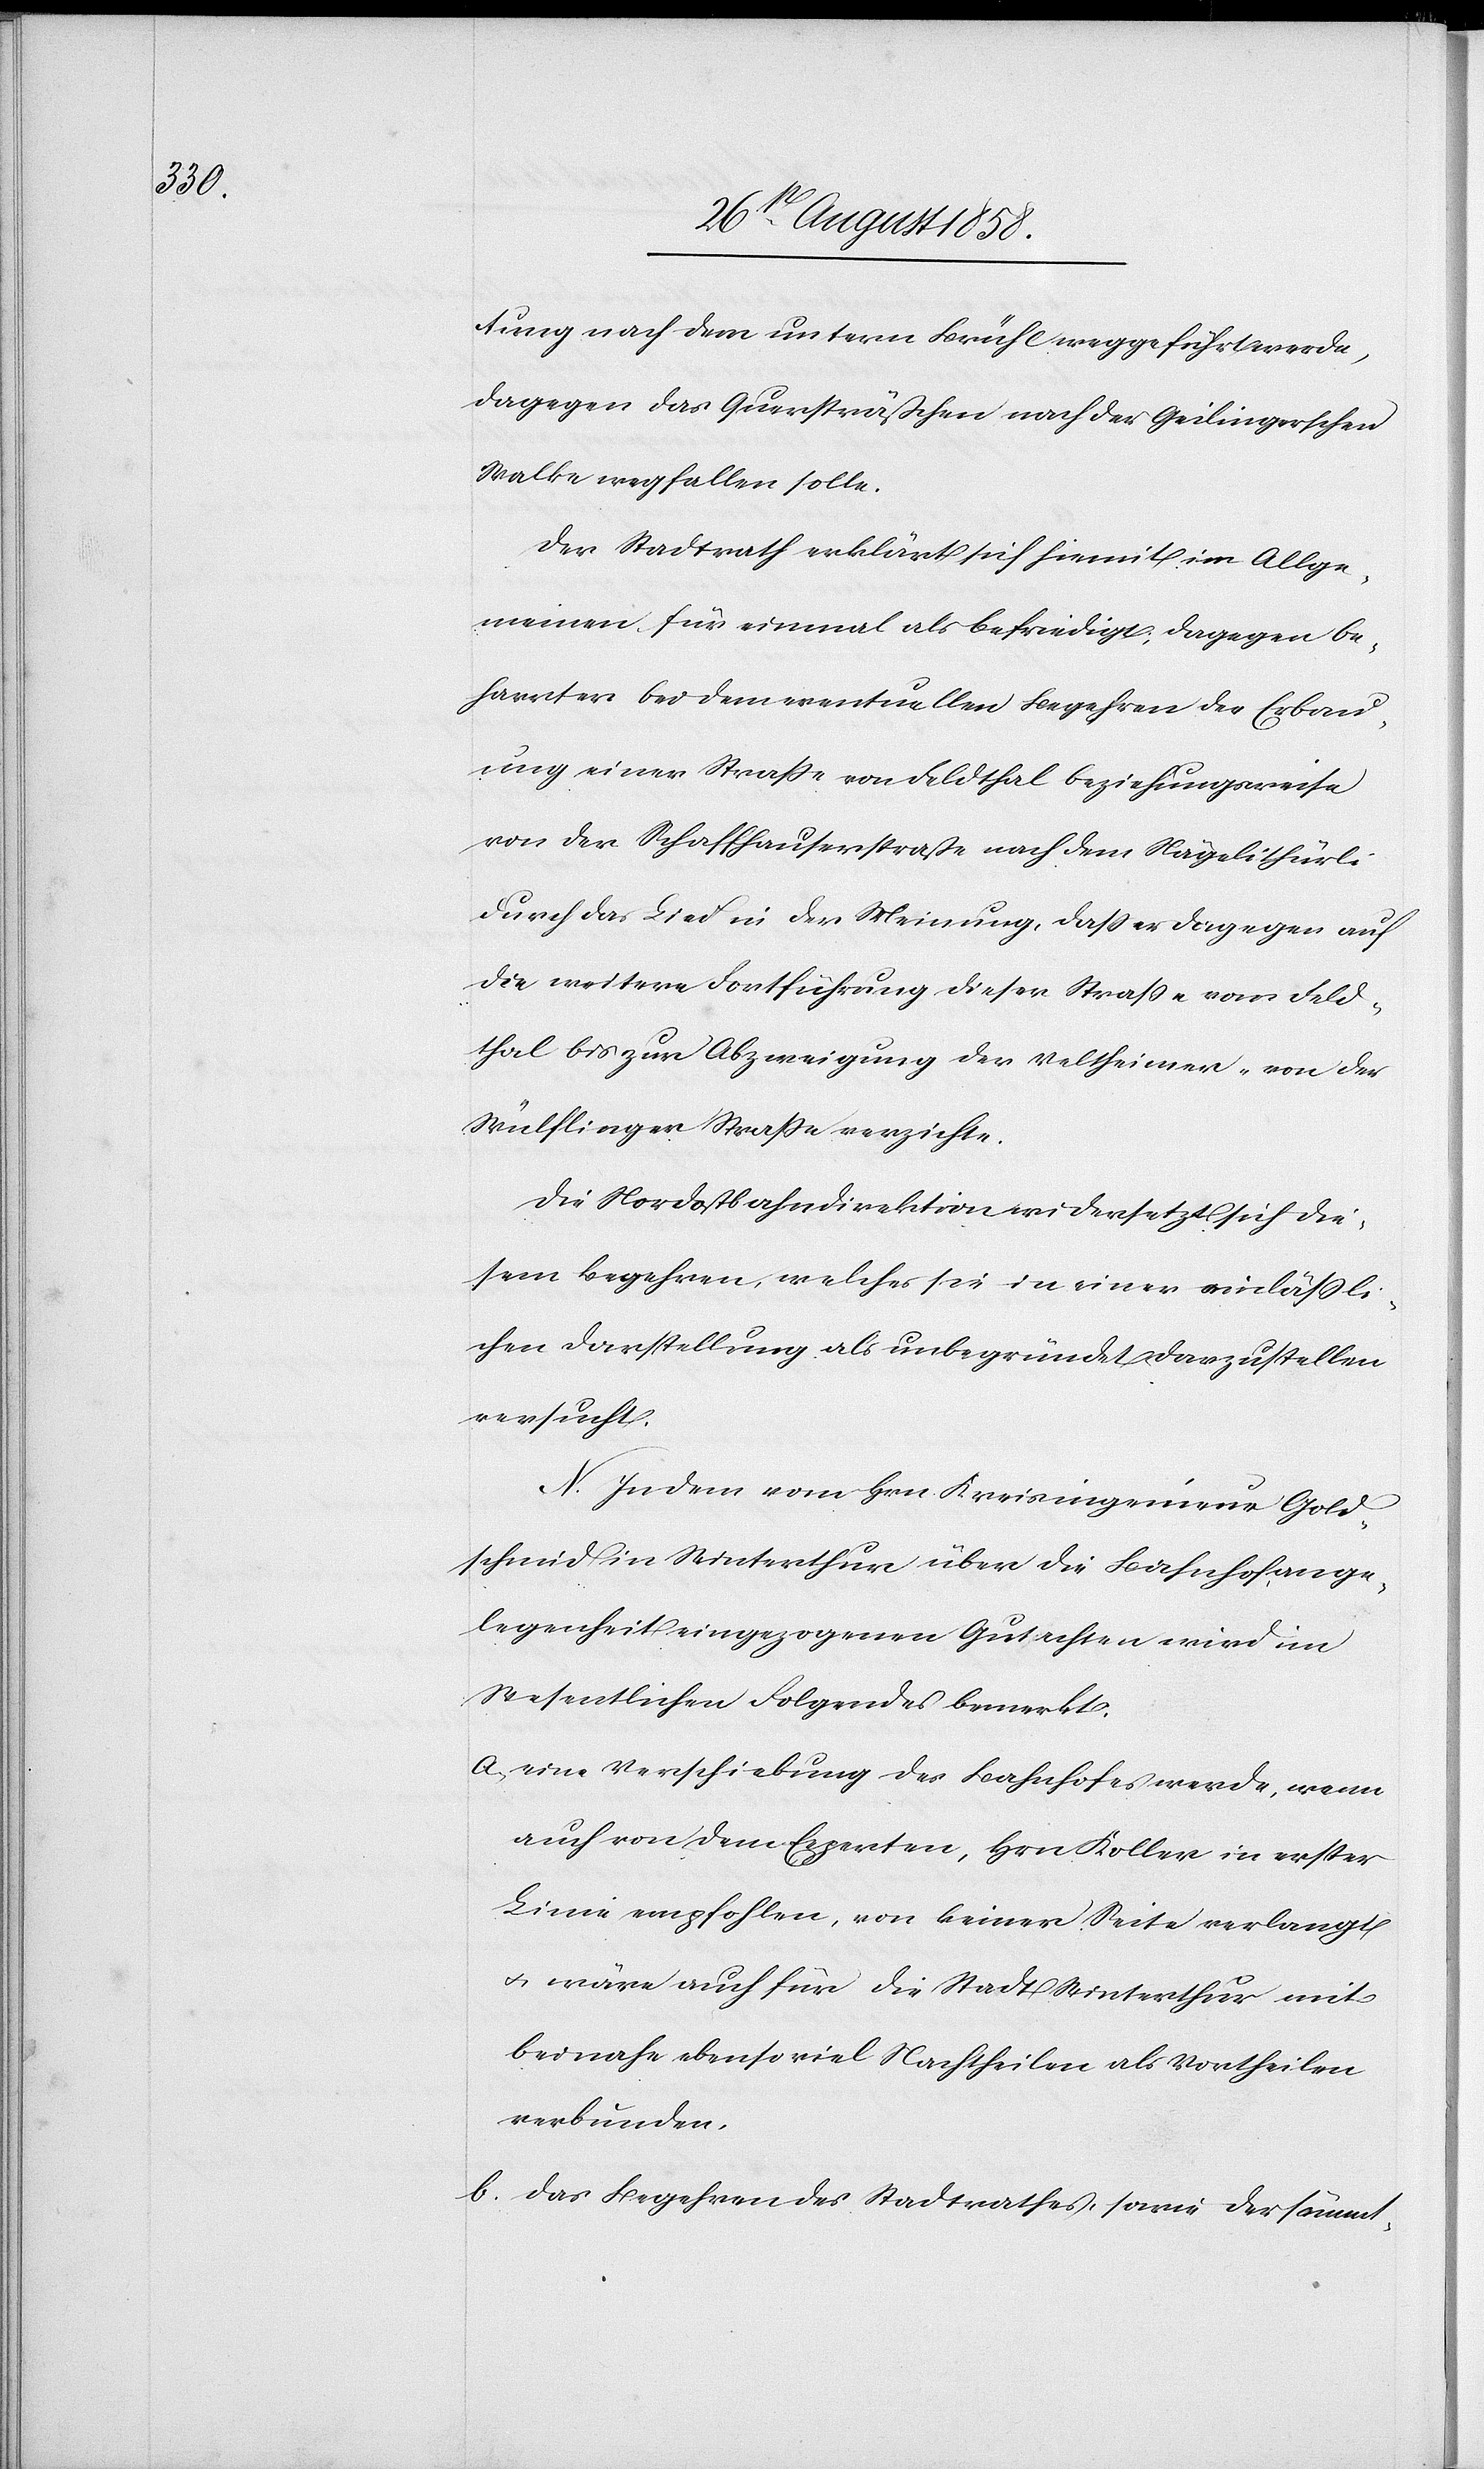
tung nach dem untern Brühl weggeführt werde,
dagegen das Quersträßchen nach der Geilingerschen
Walke wegfallen solle.
Der Stadtrath erklärt sich hiemit im Allge¬
meinen für einmal als befriedigt, dagegen be¬
harrt er bei dem eventuellen Begehren der Erbau¬
ung einer Strasse von Feldthal beziehungsweise
von der Schaffhauserstraße nach dem Nägelithürli
durch das Lind in der Meinung, dass er dagegen auf
die weitere Fortführung dieser Strasse vom Feld¬
thal bis zur Abzweigung der Veltheimer- von der
Wülflinger Strasse verzichte.
Die Nordostbahndirektion widersetzt sich die¬
sem Begehren, welches sie in einer einlässli¬
chen Darstellung als unbegründet darzustellen
versucht.
N. In dem vom Hrn. Kreisingenieur Gold¬
schmid in Winterthur über die Bahnhofange¬
legenheit eingezogenen Gutachten wird im
Wesentlichen Folgendes bemerkt:
a. eine Verschiebung des Bahnhofes werde, wenn
auch von dem Experten, Hrn. Koller in erster
Linie empfohlen, von keiner Seite verlangt
& wäre auch für die Stadt Winterthur mit
beinahe ebenso viel Nachtheilen als Vortheilen
verbunden,
b. Das Begehren des Stadtrathes, sowie der sämmt-